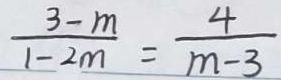
\frac { 3 - m } { 1 - 2 m } = \frac { 4 } { m - 3 }